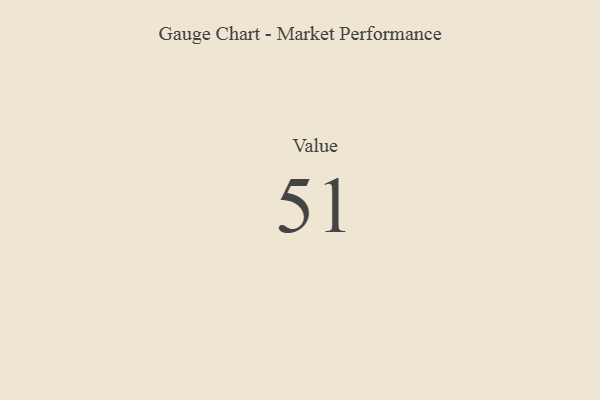
{"axis": {"x": "Metric", "y": "Value"}, "legend": [""], "data": [{"x": "Value", "y": 51, "type": ""}]}